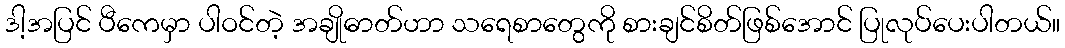
ဒါ့အပြင် ပီကေမှာ ပါဝင်တဲ့ အချိုဓာတ်ဟာ သရေစာတွေကို စားချင်စိတ်ဖြစ်အောင် ပြုလုပ်ပေးပါတယ်။